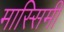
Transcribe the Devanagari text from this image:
मास्सिमी